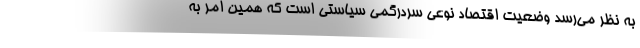
به نظر می‌رسد وضعیت اقتصاد نوعی سردرگمی سیاستی است که همین امر به